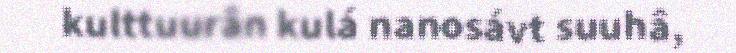
kulttuurân kulá nanosávt suuhâ,